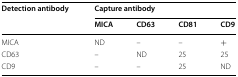
| <ROWSPAN=2> Detection antibody | <COLSPAN=4> Capture antibody |
 | MICA | CD63 | CD81 | CD9 |
 | --- | --- | --- | --- | --- |
 | MICA | ND | – | – | + |
 | CD63 | – | ND | 25 | 25 |
 | CD9 | – | – | 25 | ND |